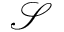
\mathcal { S }